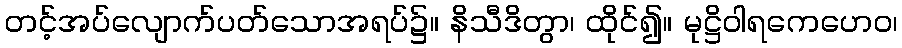
တင့်အပ်လျောက်ပတ်သောအရပ်၌။ နိသီဒိတွာ၊ ထိုင်၍။ မုဋ္ဌိဝါရကေဟေဝ၊